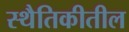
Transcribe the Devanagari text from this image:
स्थैतिकीतील